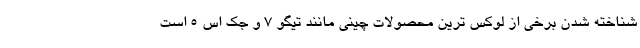
شناخته شدن برخی از لوکس ترین محصولات چینی مانند تیگو 7 و جک اس 5 است